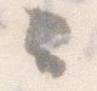
々